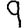
Digit: 9